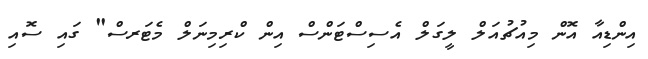
އިންޑިއާ އޮން މިއުޗުއަލް ލީގަލް އެސިސްޓަންސް އިން ކްރިމިނަލް މެޓަރސް" ގައި ސޮއި